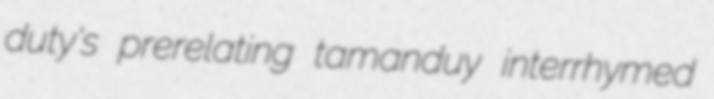
duty's prerelating tamanduy interrhymed